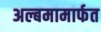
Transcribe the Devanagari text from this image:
अल्बमामार्फत